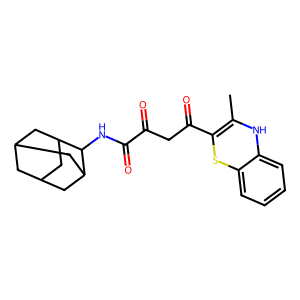
SMILES: CC1=C(C(=O)CC(=O)C(=O)NC2C3CC4CC(C3)CC2C4)Sc2ccccc2N1
Inhibits HIV replication: No